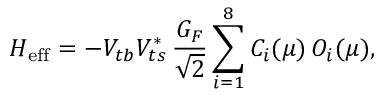
H _ { \mathrm { e f f } } = - V _ { t b } V _ { t s } ^ { * } \, \frac { G _ { F } } { \sqrt { 2 } } \sum _ { i = 1 } ^ { 8 } C _ { i } ( \mu ) \, { \cal O } _ { i } ( \mu ) ,